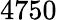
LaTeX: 4750